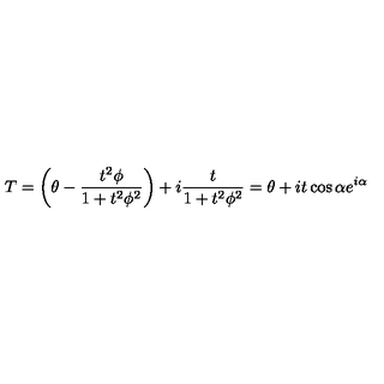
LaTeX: T = \left( \theta - \frac { t ^ { 2 } \phi } { 1 + t ^ { 2 } \phi ^ { 2 } } \right) + i \frac { t } { 1 + t ^ { 2 } \phi ^ { 2 } } = \theta + i t \cos \alpha e ^ { i \alpha }